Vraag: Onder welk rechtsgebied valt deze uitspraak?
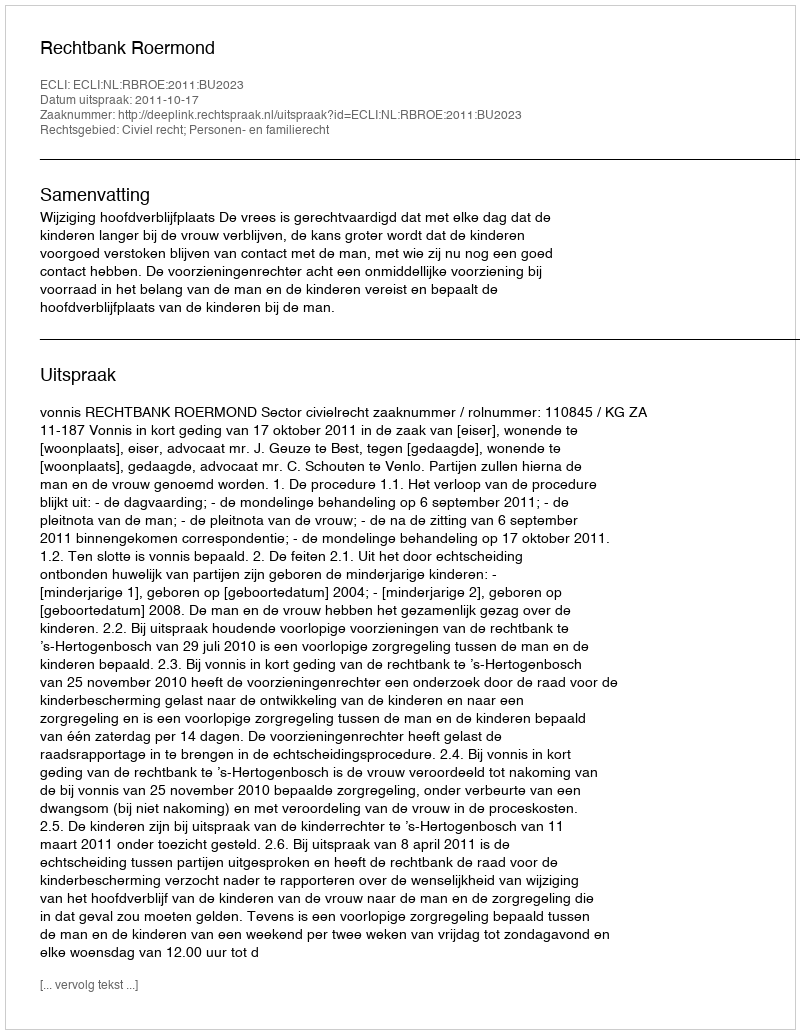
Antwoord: Civiel recht; Personen- en familierecht